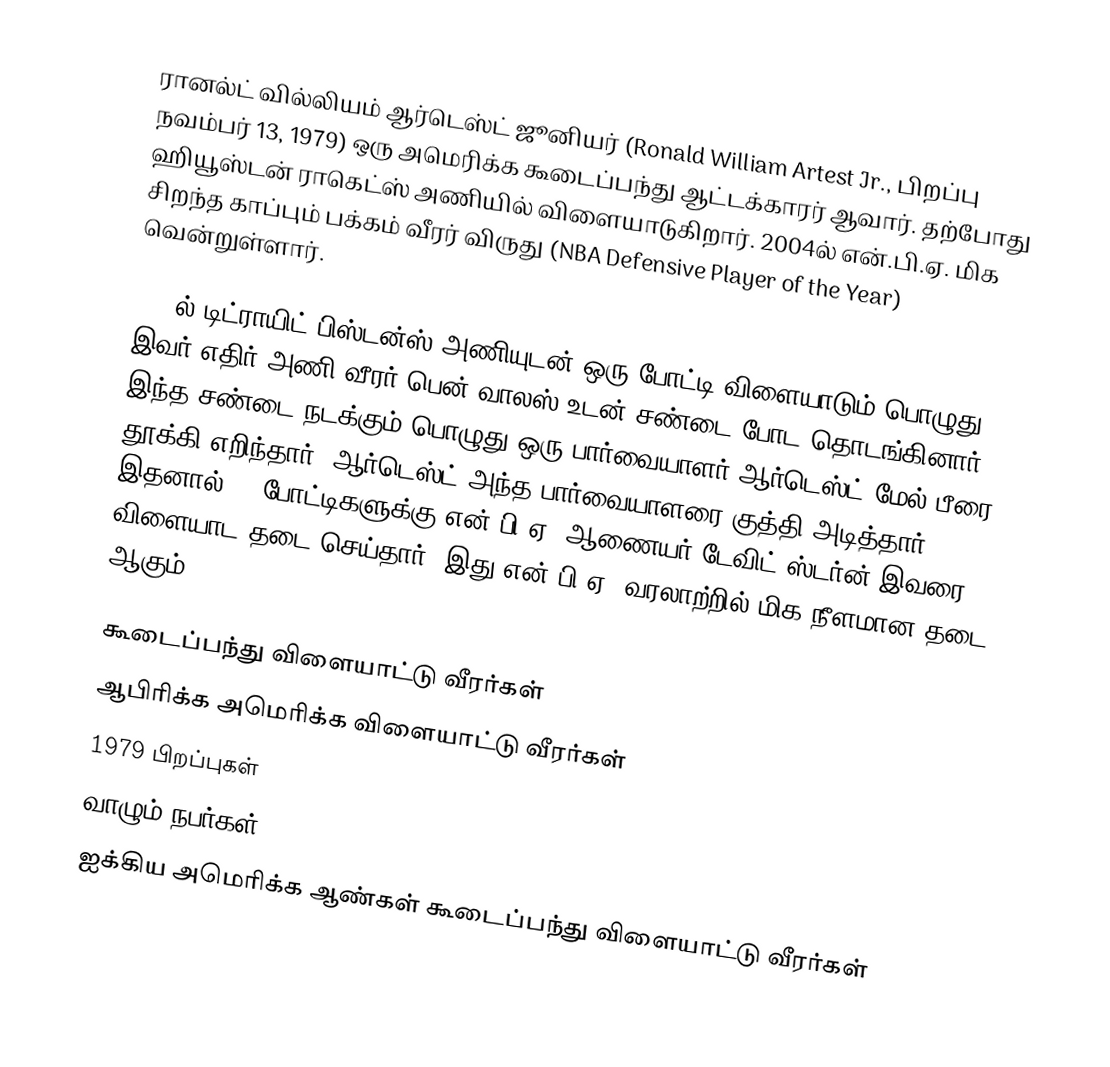
ரானல்ட் வில்லியம் ஆர்டெஸ்ட் ஜூனியர் (Ronald William Artest Jr., பிறப்பு நவம்பர் 13, 1979) ஒரு அமெரிக்க கூடைப்பந்து ஆட்டக்காரர் ஆவார். தற்போது ஹியூஸ்டன் ராகெட்ஸ் அணியில் விளையாடுகிறார். 2004ல் என்.பி.ஏ. மிக சிறந்த காப்பும் பக்கம் வீரர் விருது (NBA Defensive Player of the Year) வென்றுள்ளார்.

2004ல் டிட்ராயிட் பிஸ்டன்ஸ் அணியுடன் ஒரு போட்டி விளையாடும் பொழுது இவர் எதிர் அணி வீரர் பென் வாலஸ் உடன் சண்டை போட தொடங்கினார். இந்த சண்டை நடக்கும் பொழுது ஒரு பார்வையாளர் ஆர்டெஸ்ட் மேல் பீரை தூக்கி எறிந்தார். ஆர்டெஸ்ட் அந்த பார்வையாளரை குத்தி அடித்தார். இதனால் 72 போட்டிகளுக்கு என்.பி.ஏ. ஆணையர் டேவிட் ஸ்டர்ன் இவரை விளையாட தடை செய்தார். இது என்.பி.ஏ. வரலாற்றில் மிக நீளமான தடை ஆகும்.

கூடைப்பந்து விளையாட்டு வீரர்கள்
ஆபிரிக்க அமெரிக்க விளையாட்டு வீரர்கள்
1979 பிறப்புகள்
வாழும் நபர்கள்
ஐக்கிய அமெரிக்க ஆண்கள் கூடைப்பந்து விளையாட்டு வீரர்கள்